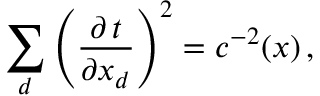
\sum _ { d } \left( \frac { \partial \, t } { \partial x _ { d } } \right) ^ { 2 } = c ^ { - 2 } ( x ) \, ,